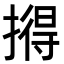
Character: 𪮦